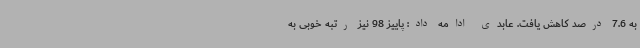
به 7.6 درصد کاهش یافت. عابدی ادامه داد: پاییز 98 نیز رتبه خوبی به